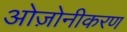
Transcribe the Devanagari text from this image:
ओज़ोनीकरण